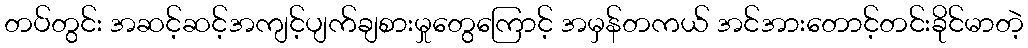
တပ်တွင်း အဆင့်ဆင့်အကျင့်ပျက်ချစားမှုတွေကြောင့် အမှန်တကယ် အင်အားတောင့်တင်းခိုင်မာတဲ့